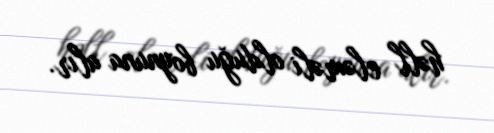
həll eləməli olduğu boynuna alır.